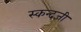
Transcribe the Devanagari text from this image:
स्कन्दजी